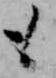
も